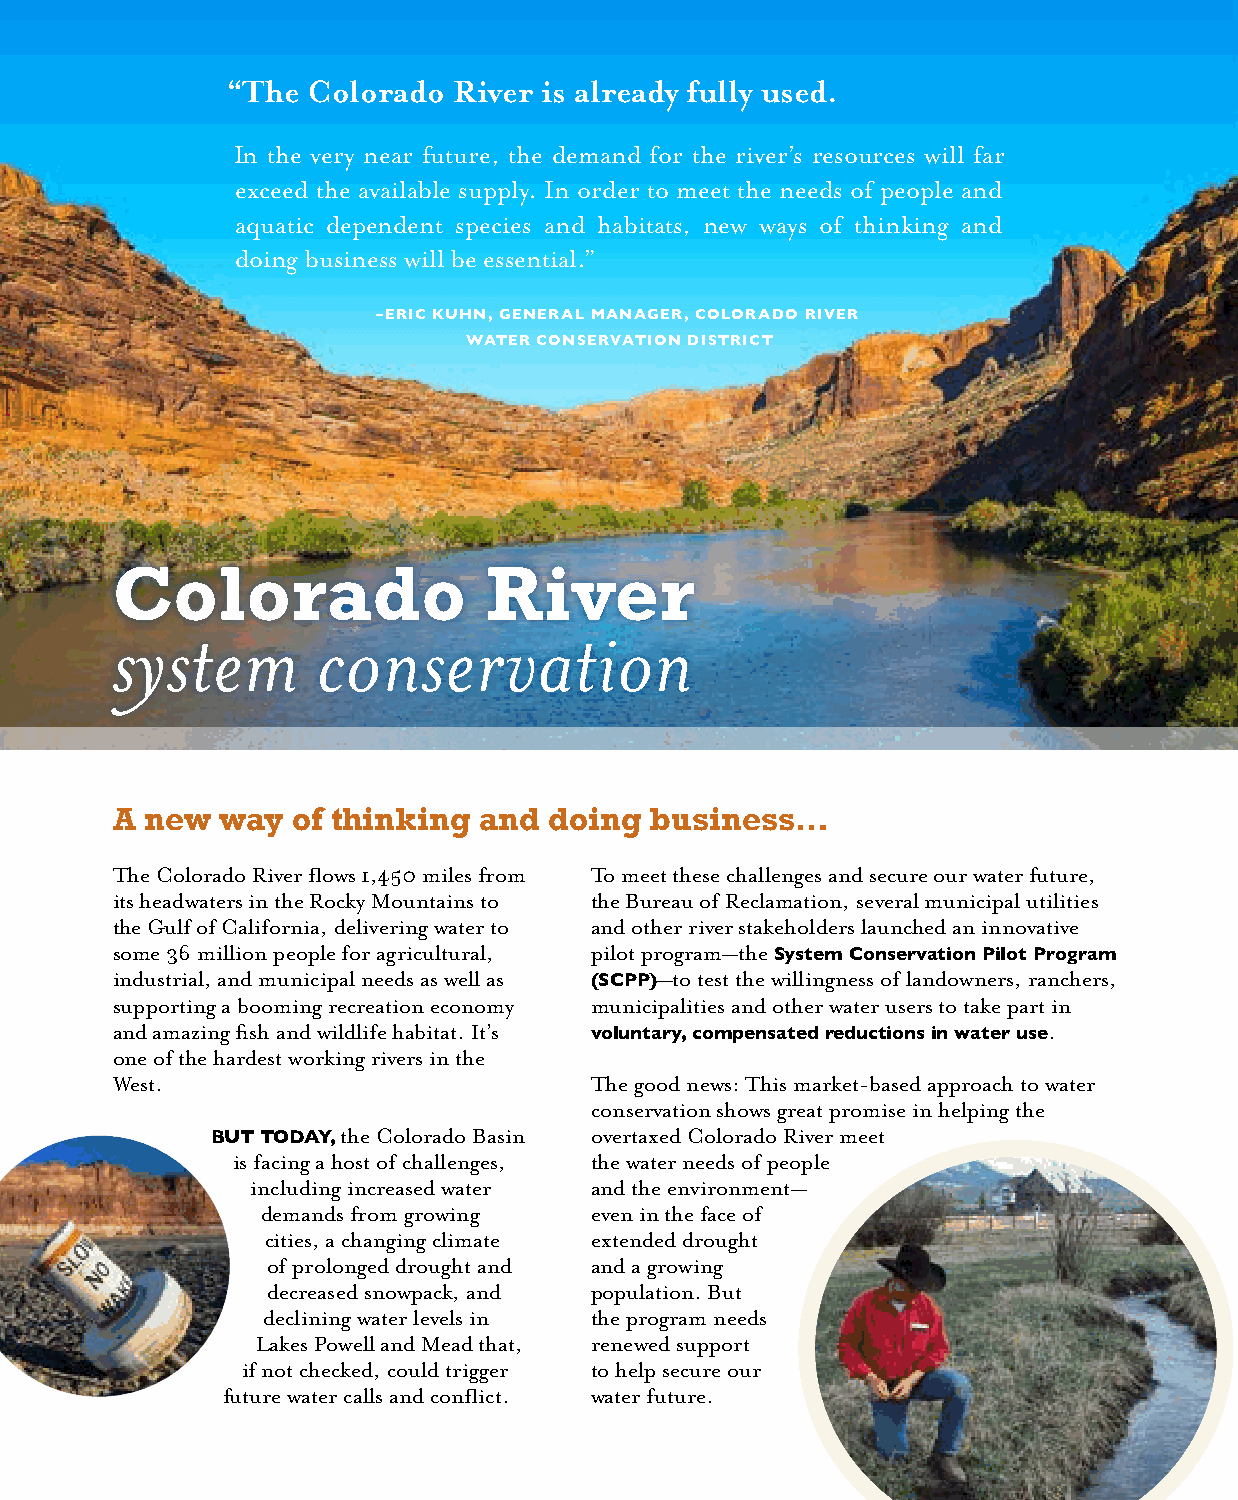
“The Colorado  River is already fully used.
 In the very near future, the demand for the river’s resources will far
 exceed the available supply. In order to meet the needs of people and
 aquatic dependent species and habitats, new ways of thinking and
 doing business will be essential.”
 –ERIC KUHN, GENERAL MANAGER, COLORADO RIVER
 WATER CONSERVATION DISTRICT
 Colorado                 River
 system        conservation
 A  new way  of thinking  and doing  business…
 The Colorado River flows 1,450 miles from To meet these challenges and secure our water future,
 its headwaters in the Rocky Mountains to the Bureau of Reclamation, several municipal utilities
 the Gulf of California, delivering water to and other river stakeholders launched an innovative
 some 36 million people for agricultural, pilot program—the
 System Conservation Pilot Program
 industrial, and municipal needs as well as —to test the willingness of landowners, ranchers,
 (SCPP)
 supporting a booming recreation economy municipalities and other water users to take part in
 and amazing fish and wildlife habitat. It’s                   .
 voluntary, compensated reductions in water use
 one of the hardest working rivers in the
 West.                           The good news: This market-based approach to water
 conservation shows great promise in helping the
 the Colorado Basin overtaxed Colorado River meet
 BUT TODAY,
 is facing a host of challenges, the water needs of people
 including increased water and the environment—
 demands from growing  even in the face of
 cities, a changing climate extended drought
 of prolonged drought and and a growing
 decreased snowpack, and population. But
 declining water levels in the program needs
 Lakes Powell and Mead that, renewed support
 if not checked, could trigger to help secure our
 future water calls and conflict. water future.